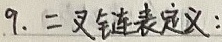
9. 二叉链表定义：